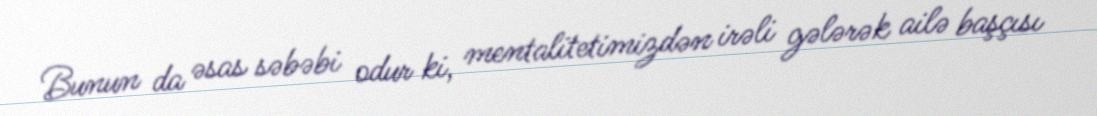
Bunun da əsas səbəbi odur ki, mentalitetimizdən irəli gələrək ailə başçısı